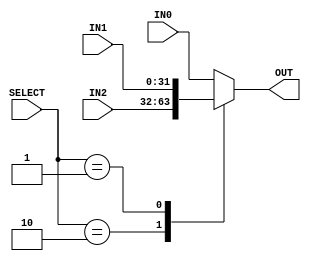

 /*______________________________________________________________________________
  |                                                                              |
  |  File Name         -mux_3x1-32bit.v                                          |
  |  Created By        -Group1(E17)                                              |
  |  Project/ Course   -CO502                                                    |
  |  Institute         -University of peradeniya                                 |
  |  Date              -05.04.2023                                               |
  |  Discription       -Mux                                                      |
  |______________________________________________________________________________|
  
*/
module mux_3x1_32bit(IN0, IN1, IN2,  OUT, SELECT);

    //declare the ports
    input [31:0] IN0, IN1, IN2;
    input [1:0] SELECT;
    output reg [31:0] OUT;

    
    // assign OUT = (SELECT == 2'b11) ? IN3 : (SELECT == 2'b10) ? IN2 : (SELECT == 2'b01) ? IN1 : IN0;

    always @ (*) begin
        case (SELECT)
           
            2'b10: OUT = IN2;
            2'b01: OUT = IN1;
            default: OUT = IN0;
        endcase
    end

endmodule